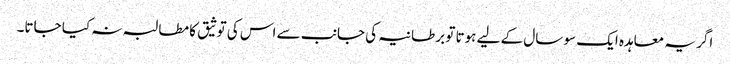
اگر یہ معاہدہ ایک سو سال کے لیے ہوتا تو برطانیہ کی جانب سے اس کی توثیق کا مطالبہ نہ کیا جاتا۔